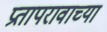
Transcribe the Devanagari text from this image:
प्रतापरावाच्या